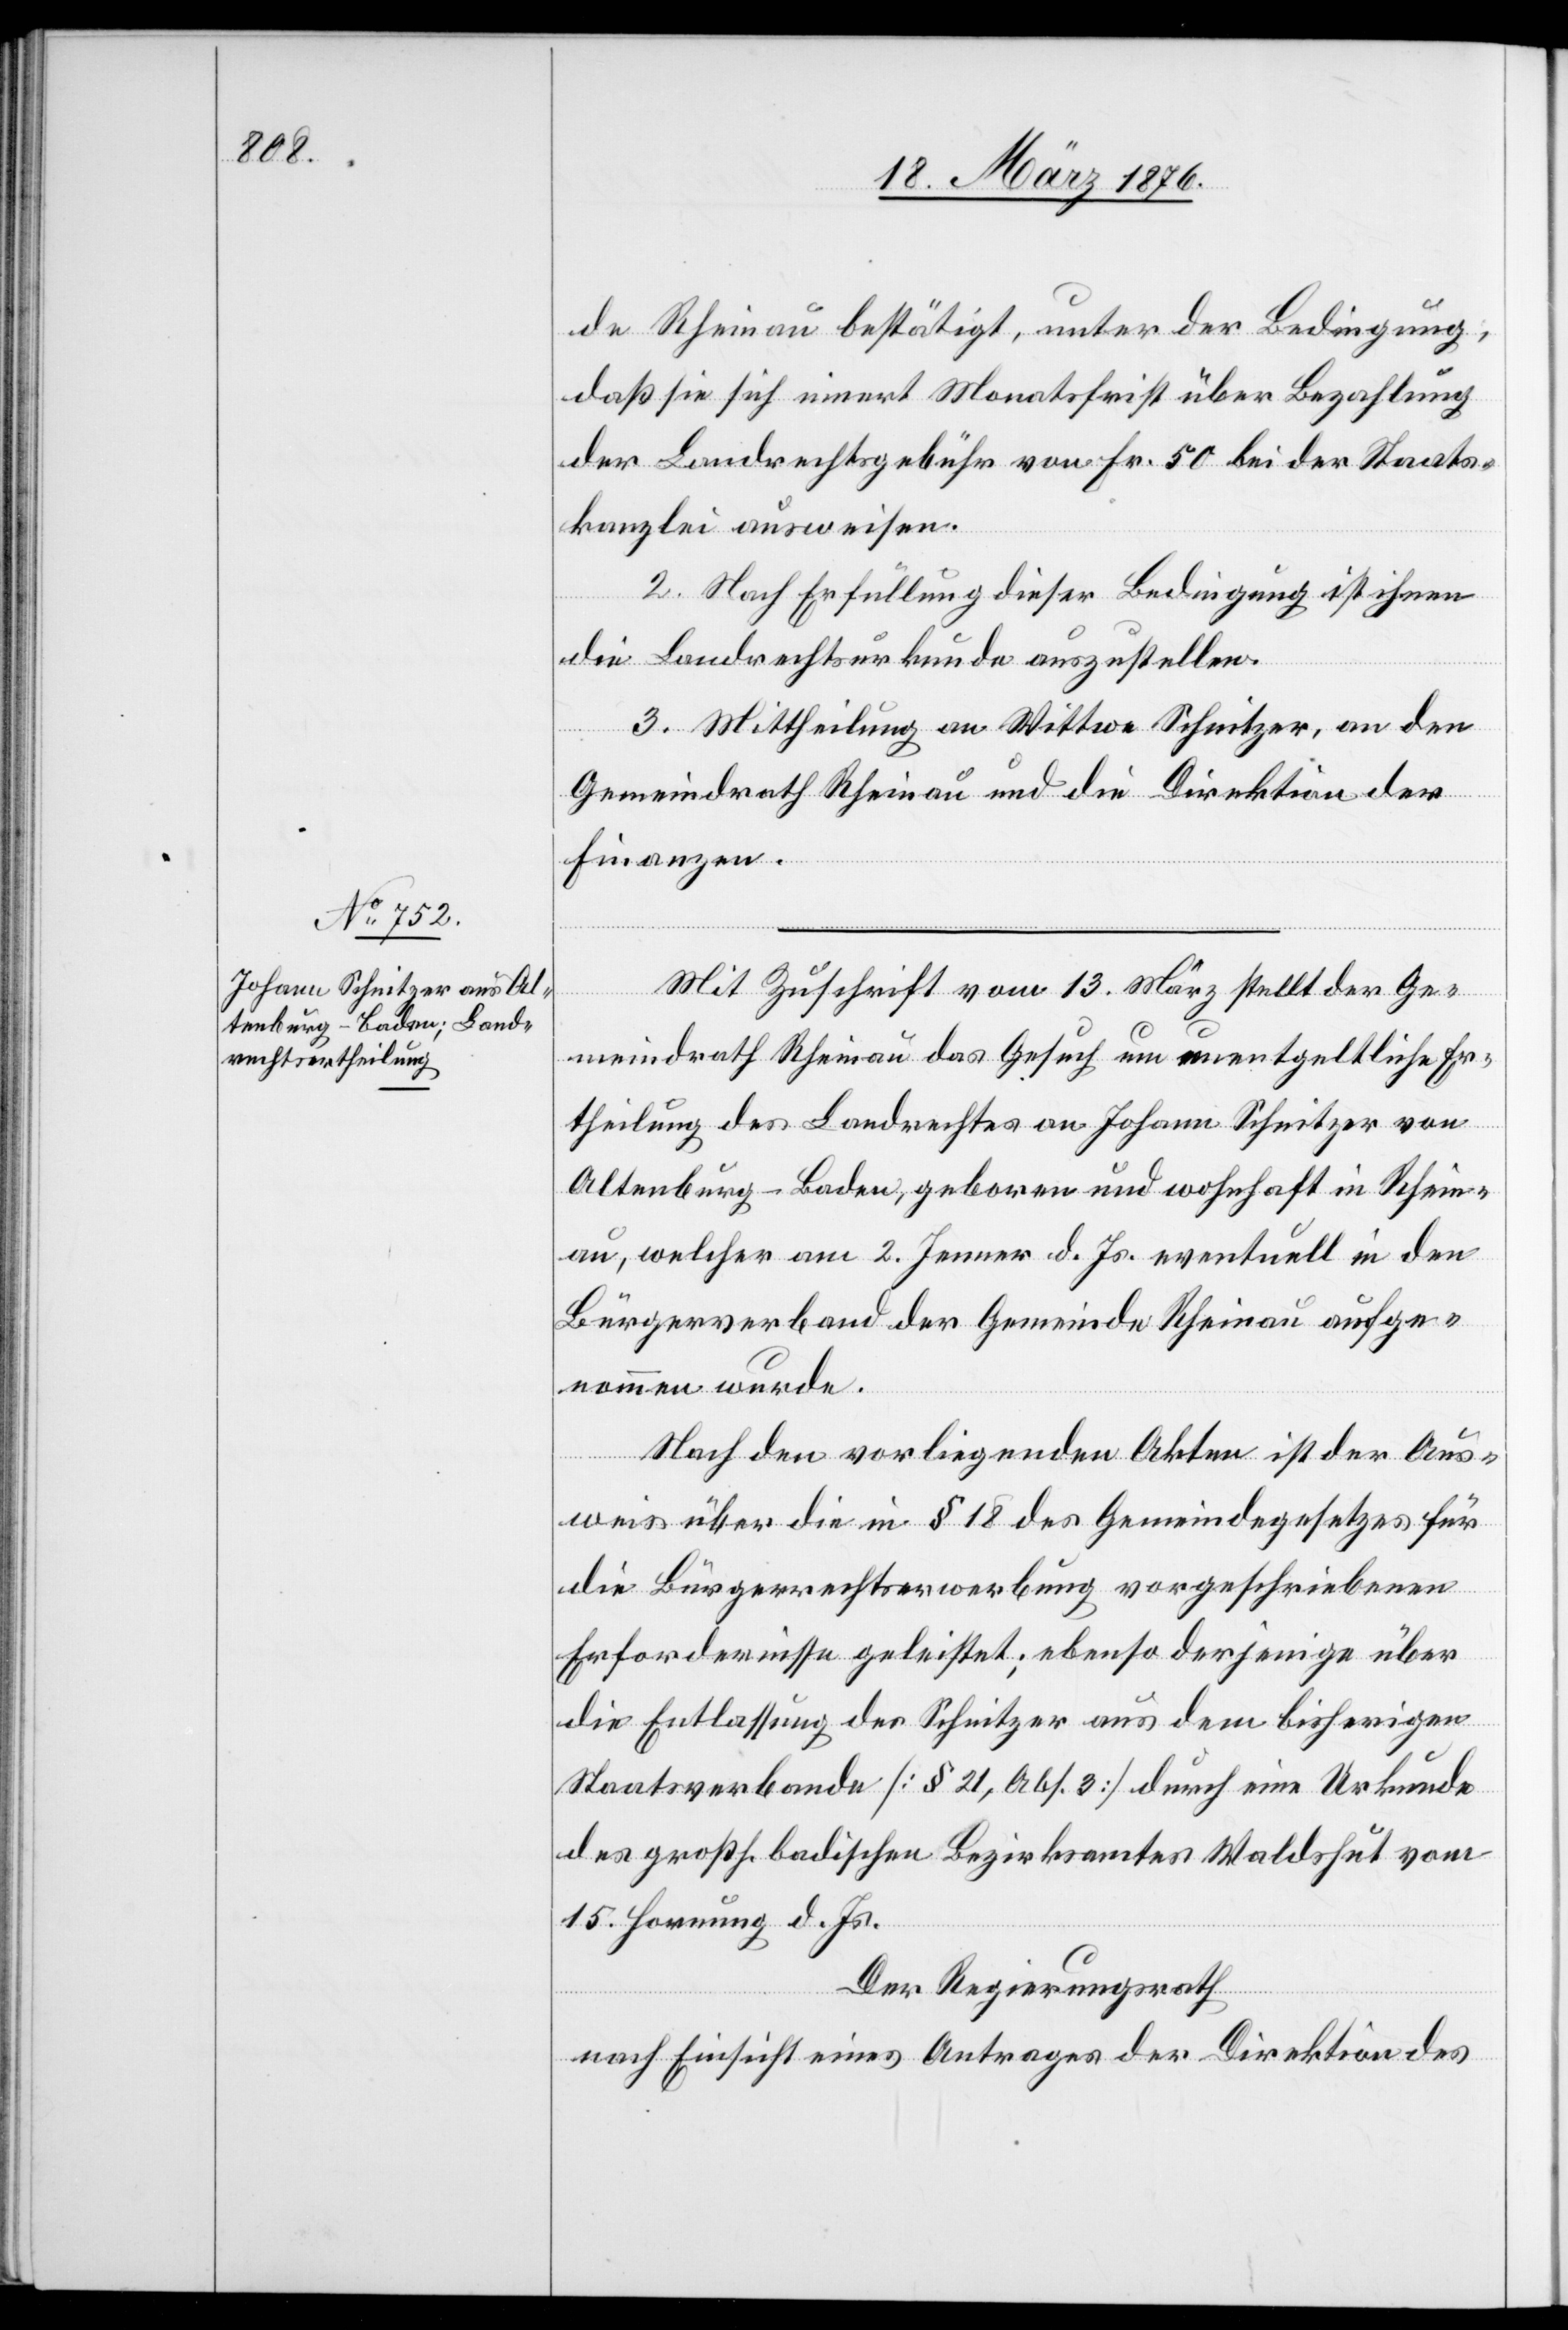
de Rheinau bestätigt, unter der Bedingung,
daß sie sich innert Monatsfrist über Bezahlung
der Landrechtsgebühr von Fr. 50 bei der Staats¬
kanzlei ausweisen.
2. Nach Erfüllung dieser Bedingung ist ihnen
die Landrechtsurkunde auszustellen.
3. Mittheilung an Wittwe Schnitzer, an den
Gemeindrath Rheinau und die Direktion der
Finanzen.
Mit Zuschrift vom 13. März stellt der Ge¬
meindrath Rheinau das Gesuch um unentgeltliche Er¬
theilung des Landrechtes an Johann Schnitzer von
Altenburg - Baden, geboren und wohnhaft in Rhein¬
au, welcher am 2. Jenner d. Js. eventuell in den
Bürgerverband der Gemeinde Rheinau aufge¬
nommen wurde.
Nach den vorliegenden Akten ist der Aus¬
weis über die in § 18 des Gemeindegesetzes für
die Bürgerrechtserwerbung vorgeschriebenen
Erfordernisse geleistet; ebenso derjenige über
die Entlassung des Schnitzer aus dem bisherigen
Staatsverbande [§ 21, Abs. 3] durch eine Urkunde
des großh. badischen Bezirksamtes Waldshut vom
15. Hornung d. Js.
Der Regierungsrath,
nach Einsicht eines Antrages der Direktion des